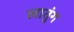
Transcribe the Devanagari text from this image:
लातुंग